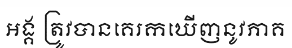
អង្គ ត្រូវបានគេរកឃើញនូវភាគ